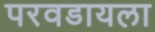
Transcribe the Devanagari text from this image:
परवडायला